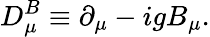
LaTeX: D_{\mu}^{B}\equiv\partial_{\mu}-igB_{\mu}.